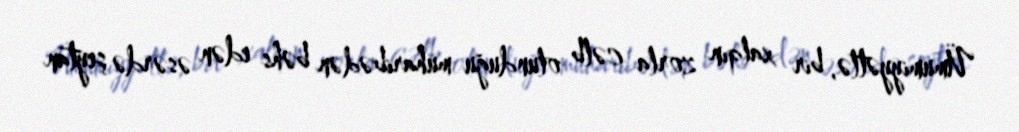
Ümumiyyətlə, bir xalqın zorla cəlb olunduğu müharibədən bəhs edən əsərdə şeytan